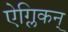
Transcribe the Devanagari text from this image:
ऐग्लिकन्